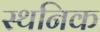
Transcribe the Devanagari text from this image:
स्थनिक